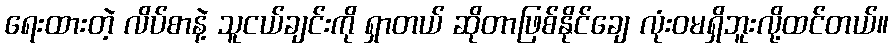
ရေးထားတဲ့ လိပ်စာနဲ့ သူငယ်ချင်းကို ရှာတယ် ဆိုတာဖြစ်နိုင်ချေ လုံးဝမရှိဘူးလို့ထင်တယ်။